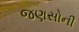
જણસોની